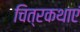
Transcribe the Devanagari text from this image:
चित्रकथाएं